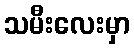
သမီးလေးမှာ